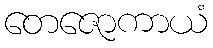
တေဇောကာယံ